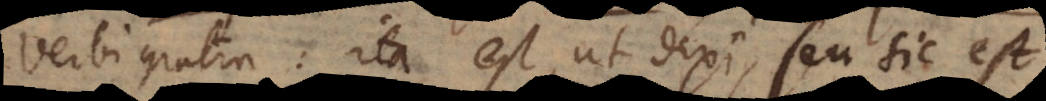
Verbi gratia: ita est, ut dixi, seu sic est.